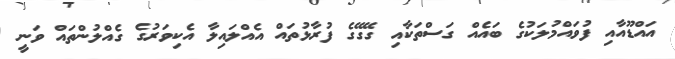
އައްޑޫއާއި ފުވައްމުލަކުގެ ބައެއް ގަސްތަކާއި ގޭގޭގެ ފުރާޅުތައް އެއްލައިލާ އެކިވަރުގެ ގެއްލުންތައް ވަނީ